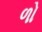
ળો